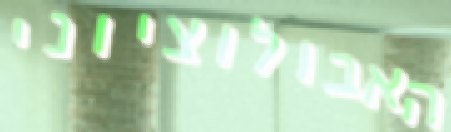
האבולוציוני